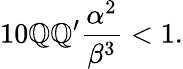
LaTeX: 10{\cal\mathbb{Q}}{\cal\mathbb{Q}^{\prime}}\frac{{\alpha^{2}}}{{\beta^{3}}}<1.